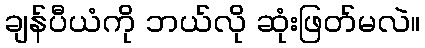
ချန်ပီယံကို ဘယ်လို ဆုံးဖြတ်မလဲ။